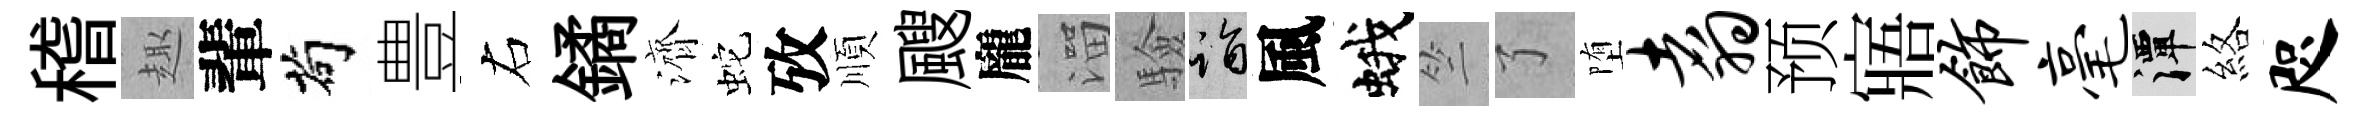
稽趣輩茍豊右鐍濟蛇攷順颼龐溜驗诣風蛾竺了堕翥预寤饰毫潭絡咫